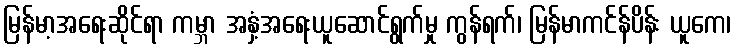
မြန်မာ့အရေးဆိုင်ရာ ကမ္ဘာ အနှံ့အရေးယူဆောင်ရွက်မှု ကွန်ရက်၊ မြန်မာကင်န်ပိန်း ယူကေ၊